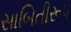
સાબિતીરૂપ